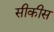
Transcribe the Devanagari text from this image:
सीकीस